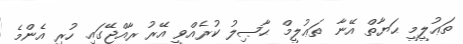
ތަޢުލީމީ ޙަޔާތް އޭނާ ތަޢުލީމް ޙާޞިލު ކުރެއްވީ އޭރު ރާއްޖޭގައި ހުރި އެންމެ